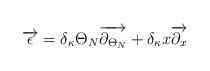
LaTeX: \begin{align*}\overrightarrow{\epsilon }=\delta _{\kappa }\Theta _{N}\overrightarrow{\partial _{\Theta _{N}}}+\delta _{\kappa }x\overrightarrow{\partial _{x}}\end{align*}